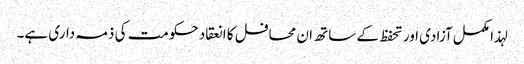
لہذا مکمل آزادی اور تحفظ کے ساتھ ان محافل کا انعقاد حکومت کی ذمہ داری ہے۔